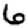
Digit: 6